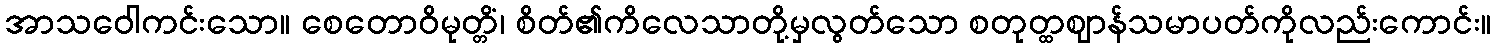
အာသဝေါကင်းသော။ စေတောဝိမုတ္တိံ၊ စိတ်၏ကိလေသာတို့မှလွတ်သော စတုတ္ထဈာန်သမာပတ်ကိုလည်းကောင်း။